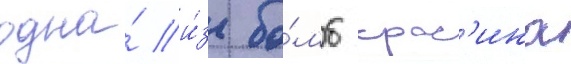
одна́ и́з бо́мб крас'ина